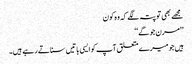
مجھے بھی تو پتہ لگے کہ وہ کون
’’مرن جوگے‘‘
ہیں جو میرے متعلق آپ کو ایسی باتیں سناتے رہے ہیں۔